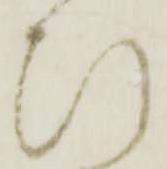
ひ